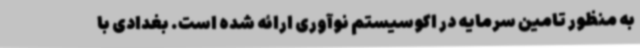
به منظور تامین سرمایه در اکوسیستم نوآوری ارائه شده است. بغدادی با